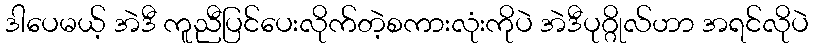
ဒါပေမယ့် အဲဒီ ကူညီပြင်ပေးလိုက်တဲ့စကားလုံးကိုပဲ အဲဒီပုဂ္ဂိုလ်ဟာ အရင်လိုပဲ